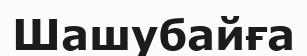
Шашубайға